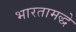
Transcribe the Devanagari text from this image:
भारतामद्धे